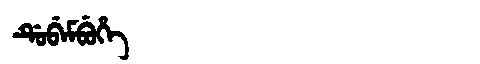
Manchu: ᡩᡠᠪᡝᠮᠪᡠᡥᡝ
Romanization: DUBEMBUHE